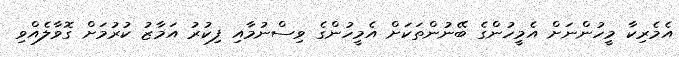
އެމެރިކާ މީހުންނަށް އެމީހުންގެ ބޭނުންތަކަށް އެމީހުންގެ ވިސްނުމާއި ފިކުރު އަމާޒު ކުރުމަށް ގޮވާލެއްވި